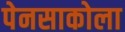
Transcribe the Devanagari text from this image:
पेनसाकोला